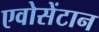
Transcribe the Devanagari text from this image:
एवोसेंटान